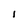
Character: I